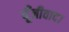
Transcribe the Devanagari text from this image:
पूँजीवाद।